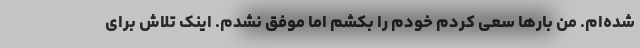
شده‌ام. من بارها سعی کردم خودم را بکشم اما موفق نشدم. اینک تلاش برای